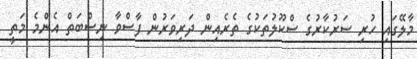
މާލޭގައި ހުރި ސަރުކާރުގެ ސްކޫލުތަކުގެ ތެރެއިން ދަރިވަރުން ފާސްވާ ނިސްބަތް އެންމެ މަތީ